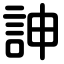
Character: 訷